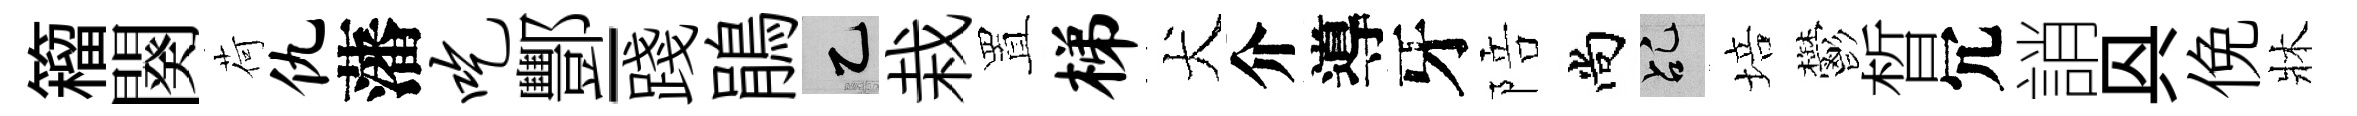
籕闋荷仇藩吃酆-踐鵑乙栽置梯犬介導牙陪尚乩培鬱晳冗誚㒷俛牀